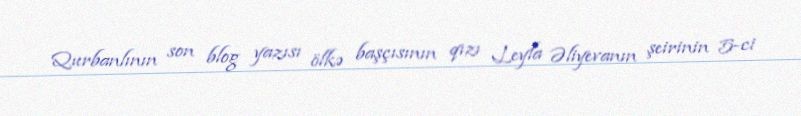
Qurbanlının son blog yazısı ölkə başçısının qızı Leyla Əliyevanın şeirinin 5-ci